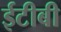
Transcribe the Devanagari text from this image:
ईटीबी